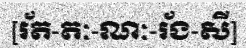
[រ័ត-តៈ-ណៈ-រ័ង-សី]